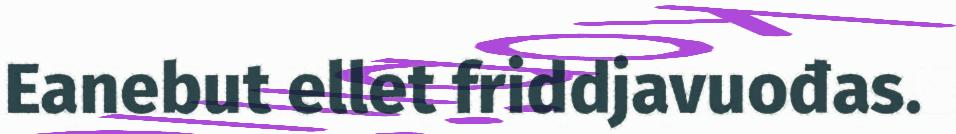
Eanebut ellet friddjavuođas.